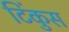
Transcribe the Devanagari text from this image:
टिंकुस